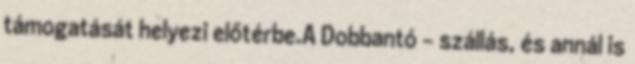
támogatását helyezi előtérbe.A Dobbantó – szállás, és annál is